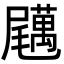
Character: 𡳱